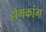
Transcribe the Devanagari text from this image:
होंगकांग